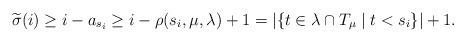
LaTeX: \begin{align*}\widetilde{\sigma}(i) \ge i - a_{s_i} \ge i - \rho(s_i,\mu,\lambda) + 1 =|\lbrace t \in \lambda \cap T_\mu \mid t < s_i \rbrace| + 1.\end{align*}